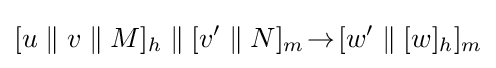
[u\;\|\;v\;\|\;M]_{h}\;\|\;[v'\;\|\;N]_{m}\!\rightarrow \![w'\;\|\;[w]_{h}]_{m}